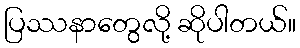
ပြဿနာတွေလို့ ဆိုပါတယ်။